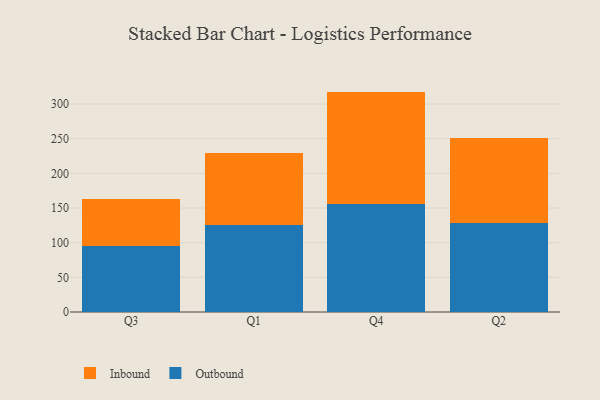
{"axis": {"x": "Quarter", "y": "Customer Acquisition Cost (USD)"}, "legend": ["Inbound", "Outbound"], "data": [{"x": "Q3", "y": 95.7, "type": "Outbound"}, {"x": "Q3", "y": 67.8, "type": "Inbound"}, {"x": "Q1", "y": 125.2, "type": "Outbound"}, {"x": "Q1", "y": 104.0, "type": "Inbound"}, {"x": "Q4", "y": 156.2, "type": "Outbound"}, {"x": "Q4", "y": 161.8, "type": "Inbound"}, {"x": "Q2", "y": 128.5, "type": "Outbound"}, {"x": "Q2", "y": 122.1, "type": "Inbound"}]}